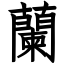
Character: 蘭